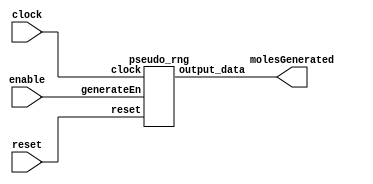
module generateMoles (clock, reset, enable, molesGenerated);
    input clock;
    input enable;
    input reset;
    output [4:0] molesGenerated;
    // need to do something that clocks the enable, saves moles Generated as 1. 
    pseudo_rng gen(.clock(clock), .reset(reset), .generateEn(enable), .output_data(molesGenerated));
endmodule
/*
module pseudo_rng(clock, reset, generateEn, output_data);
	// pseudo rng relying on fast clocks
	input clock, reset, generateEn;
	output reg [4:0] output_data;
	
	reg [2:0] temp_data;
	parameter uppermax = $clog2(10000000);
	reg [uppermax -1:0] counter;
	
	always@(posedge clock) begin
		if (reset) begin
			counter <= 0;
			temp_data <= 0;
		end 
		else begin
			if (counter < 10000000 && counter >= 0)
				counter <= counter + 1;
			else
				counter <= 0;
		end
	end
	
	always@(posedge generateEn) begin
		temp_data = counter % 5; // 0-4
		
		case(temp_data) // one hot encoding
			3'b000: output_data <= 5'b00001;
			3'b001: output_data <= 5'b00010;
			3'b010: output_data <= 5'b00100;
			3'b011: output_data <= 5'b01000;
			3'b100: output_data <= 5'b10000;
			default: output_data <= 5'b00000;
		endcase
    end
endmodule
*/
module pseudo_rng(clock, reset, generateEn, output_data);
    input clock, reset, generateEn;
    output reg [4:0] output_data;

    reg [2:0] temp_data;
    parameter uppermax = $clog2(10000000);
    reg [uppermax -1:0] counter;

    always @(posedge clock or posedge reset) begin
        if (reset) begin
            counter <= 0;
            output_data <= 5'b00000;
        end else begin
            if (counter < 10000000 - 1) // counter to go from 0 to 9999999
                counter <= counter + 1;
            else
                counter <= 0;

            // This is where we check if generateEn is high and update output_data
            if (generateEn) begin
                temp_data <= counter[2:0]; // Taking the 3 LSBs for the RNG
                case(temp_data) // one hot encoding
                    3'b000: output_data <= 5'b00001;
                    3'b001: output_data <= 5'b00010;
                    3'b010: output_data <= 5'b00100;
                    3'b011: output_data <= 5'b01000;
                    3'b100: output_data <= 5'b10000;
                    default: output_data <= 5'b00000;
                endcase
            end
        end
    end
endmodule